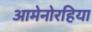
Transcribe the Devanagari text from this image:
आमेनोरहिया